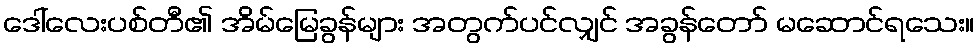
ဒေါ်လေးပစ်တီ၏ အိမ်မြေခွန်များ အတွက်ပင်လျှင် အခွန်တော် မဆောင်ရသေး။